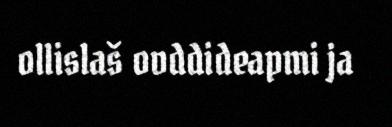
ollislaš ovddideapmi ja